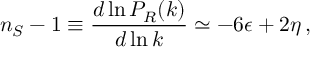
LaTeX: n _ { S } - 1 \equiv { \frac { d \ln { \cal P } _ { \cal R } ( k ) } { d \ln k } } \simeq - 6 \epsilon + 2 \eta \, ,